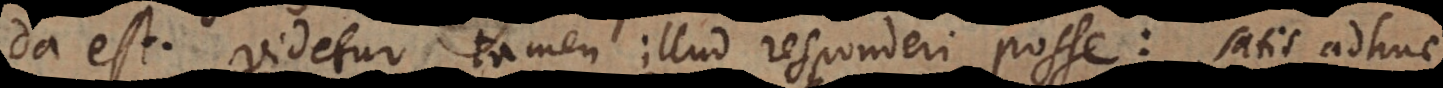
da est. Videtur tamen illud responderi posse: satis adhuc